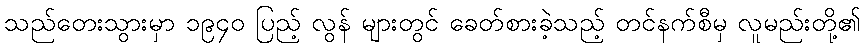
သည်တေးသွားမှာ ၁၉၄၀ ပြည့် လွန် များတွင် ခေတ်စားခဲ့သည့် တင်နက်စီမှ လူမည်းတို့၏